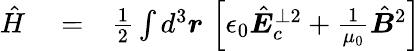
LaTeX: \begin{array}{rlr}{\hat{H}}&{{}=}&{\frac 12\int d^{3}\boldsymbol r\, \left[\epsilon_{0}\hat{\boldsymbol E}_{c}^{\perp 2}+\frac{1}{\mu_{0}}\hat{\boldsymbol B}^{2}\right]}\end{array}